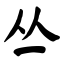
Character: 丛